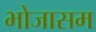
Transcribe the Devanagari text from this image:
भोजासम